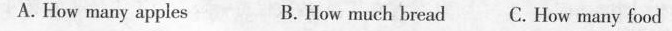
A. How many apples B. How much bread C.How many food